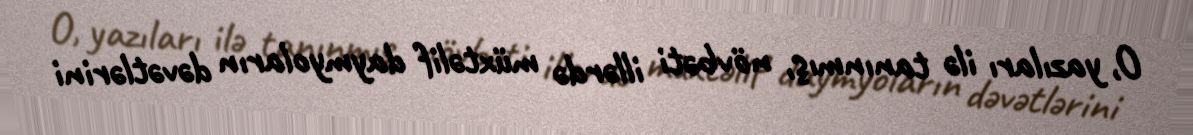
O, yazıları ilə tanınmış, növbəti illərdə müxtəlif daymyoların dəvətlərini